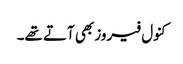
کنول فیروز بھی آتے تھے۔